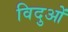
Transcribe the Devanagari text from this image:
विदुओं